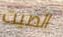
الصيت